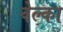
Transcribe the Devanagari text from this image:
वेल्का